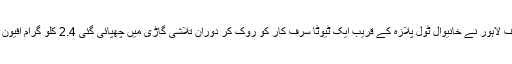
پانچویں کاروائی کے دوران اے این ایف لاہور نے خانیوال ٹول پلازہ کے قریب ایک ٹیوٹا سرف کار کو روک کر دوران تلاشی گاڑی میں چھپائی گئی 2.4 کلو گرام افیون اور 9.6 کلو گرام چرس برآمد کر لی۔